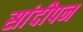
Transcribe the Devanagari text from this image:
सांदीपन